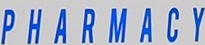
P H A R M A  Y